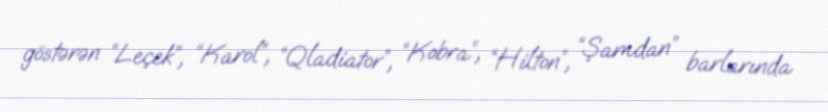
göstərən “Leçek”, “Karol”, “Qladiator”, “Kobra”, “Hilton”, “Şamdan” barlarında